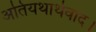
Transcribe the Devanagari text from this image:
अतियथार्थवाद।